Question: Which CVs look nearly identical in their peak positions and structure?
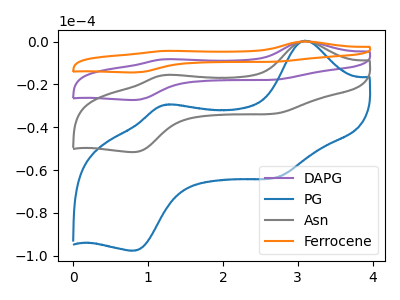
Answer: <think>The purple curve "DAPG" has anodic peaks at (3.10V, 0.45uA) (1.25V, -31.10uA) and cathodic peaks at (2.75V, -66.45uA) (0.80V, -103.10uA). The blue curve "PG" has anodic peaks at (3.10V, 0.40uA) (1.25V, -29.40uA) and cathodic peaks at (2.75V, -62.85uA) (0.80V, -97.55uA). The gray curve "Asn" has anodic peaks at (3.10V, 0.20uA) (1.25V, -15.55uA) and cathodic peaks at (2.75V, -33.20uA) (0.80V, -51.55uA). The orange curve "Ferrocene" has anodic peaks at (3.10V, 0.65uA) (1.25V, -46.60uA) and cathodic peaks at (2.75V, -99.65uA) (0.80V, -154.65uA).
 All the peaks in "DAPG" have a peak in "PG" at the same potential. All the peaks in "DAPG" have a peak in "Asn" at the same potential. All the peaks in "DAPG" have a peak in "Ferrocene" at the same potential. All the peaks in "PG" have a peak in "Asn" at the same potential. All the peaks in "PG" have a peak in "Ferrocene" at the same potential. All the peaks in "Asn" have a peak in "Ferrocene" at the same potential.</think>
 <answer>"PG", "DAPG", "Asn" and "Ferrocene" have the same shape and are likely CV's of the same chemical.</answer>
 <eval>"PG" "DAPG" "Asn" "Ferrocene"</eval>